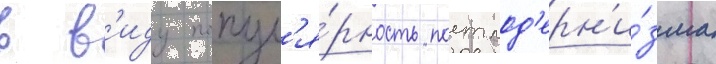
в в'иду попул'я́рность постмод'ерн'и́зма